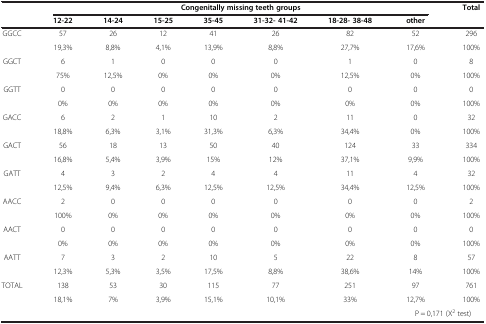
<table><thead><tr><td rowspan="2"><b> </b></td><td colspan="7"><b>Congenitally missing teeth groups</b></td><td rowspan="2"><b>Total</b></td></tr><tr><td><b>12-22</b></td><td><b>14-24</b></td><td><b>15-25</b></td><td><b>35-45</b></td><td><b>31-32- 41-42</b></td><td><b>18-28- 38-48</b></td><td><b>other</b></td></tr></thead><tbody><tr><td rowspan="2">GGCC</td><td>57</td><td>26</td><td>12</td><td>41</td><td>26</td><td>82</td><td>52</td><td>296</td></tr><tr><td>19,3%</td><td>8,8%</td><td>4,1%</td><td>13,9%</td><td>8,8%</td><td>27,7%</td><td>17,6%</td><td>100%</td></tr><tr><td rowspan="2">GGCT</td><td>6</td><td>1</td><td>0</td><td>0</td><td>0</td><td>1</td><td>0</td><td>8</td></tr><tr><td>75%</td><td>12,5%</td><td>0%</td><td>0%</td><td>0%</td><td>12,5%</td><td>0%</td><td>100%</td></tr><tr><td rowspan="2">GGTT</td><td>0</td><td>0</td><td>0</td><td>0</td><td>0</td><td>0</td><td>0</td><td>0</td></tr><tr><td>0%</td><td>0%</td><td>0%</td><td>0%</td><td>0%</td><td>0%</td><td>0%</td><td>100%</td></tr><tr><td rowspan="2">GACC</td><td>6</td><td>2</td><td>1</td><td>10</td><td>2</td><td>11</td><td>0</td><td>32</td></tr><tr><td>18,8%</td><td>6,3%</td><td>3,1%</td><td>31,3%</td><td>6,3%</td><td>34,4%</td><td>0%</td><td>100%</td></tr><tr><td rowspan="2">GACT</td><td>56</td><td>18</td><td>13</td><td>50</td><td>40</td><td>124</td><td>33</td><td>334</td></tr><tr><td>16,8%</td><td>5,4%</td><td>3,9%</td><td>15%</td><td>12%</td><td>37,1%</td><td>9,9%</td><td>100%</td></tr><tr><td rowspan="2">GATT</td><td>4</td><td>3</td><td>2</td><td>4</td><td>4</td><td>11</td><td>4</td><td>32</td></tr><tr><td>12,5%</td><td>9,4%</td><td>6,3%</td><td>12,5%</td><td>12,5%</td><td>34,4%</td><td>12,5%</td><td>100%</td></tr><tr><td rowspan="2">AACC</td><td>2</td><td>0</td><td>0</td><td>0</td><td>0</td><td>0</td><td>0</td><td>2</td></tr><tr><td>100%</td><td>0%</td><td>0%</td><td>0%</td><td>0%</td><td>0%</td><td>0%</td><td>100%</td></tr><tr><td rowspan="2">AACT</td><td>0</td><td>0</td><td>0</td><td>0</td><td>0</td><td>0</td><td>0</td><td>0</td></tr><tr><td>0%</td><td>0%</td><td>0%</td><td>0%</td><td>0%</td><td>0%</td><td>0%</td><td>100%</td></tr><tr><td rowspan="2">AATT</td><td>7</td><td>3</td><td>2</td><td>10</td><td>5</td><td>22</td><td>8</td><td>57</td></tr><tr><td>12,3%</td><td>5,3%</td><td>3,5%</td><td>17,5%</td><td>8,8%</td><td>38,6%</td><td>14%</td><td>100%</td></tr><tr><td rowspan="2">TOTAL</td><td>138</td><td>53</td><td>30</td><td>115</td><td>77</td><td>251</td><td>97</td><td>761</td></tr><tr><td>18,1%</td><td>7%</td><td>3,9%</td><td>15,1%</td><td>10,1%</td><td>33%</td><td>12,7%</td><td>100%</td></tr><tr><td colspan="2"> </td><td> </td><td> </td><td> </td><td> </td><td> </td><td colspan="2">P = 0,171 (X<sup>2</sup> test)</td></tr></tbody></table>